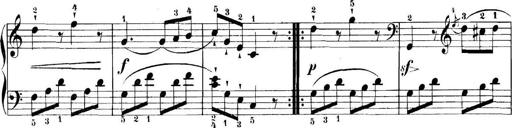
Title: 11 Sonatinas
Composer: Anton Diabelli